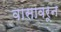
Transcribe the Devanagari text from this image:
वासावरून